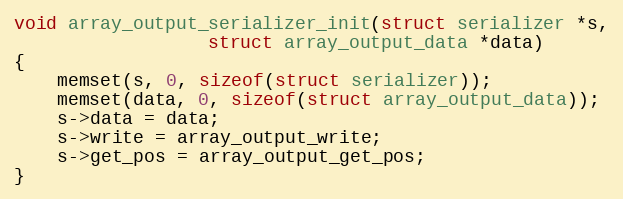
Language: C
void array_output_serializer_init(struct serializer *s,
				  struct array_output_data *data)
{
	memset(s, 0, sizeof(struct serializer));
	memset(data, 0, sizeof(struct array_output_data));
	s->data = data;
	s->write = array_output_write;
	s->get_pos = array_output_get_pos;
}